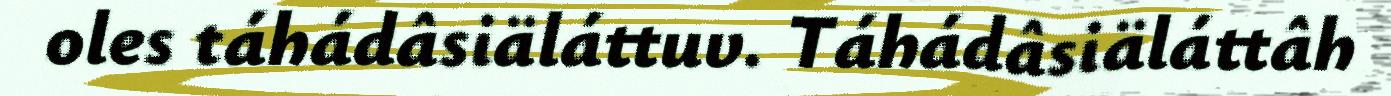
oles táhádâsiäláttuv. Táhádâsiäláttâh